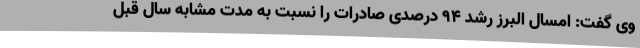
وی گفت: امسال البرز رشد 94 درصدی صادرات را نسبت به مدت مشابه سال قبل